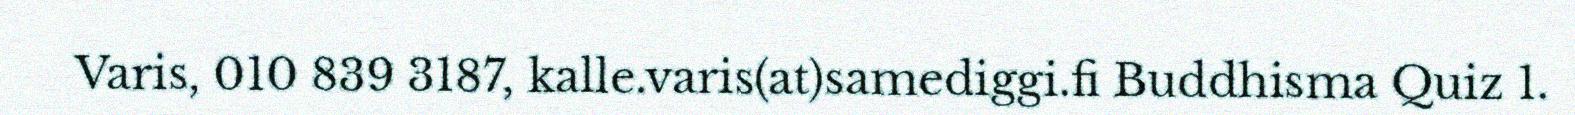
Varis, 010 839 3187, kalle.varis(at)samediggi.fi Buddhisma Quiz 1.